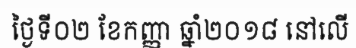
ថ្ងៃទី០២ ខែកញ្ញា ឆ្នាំ២០១៨ នៅលើ